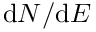
\mathrm d N / \mathrm d E